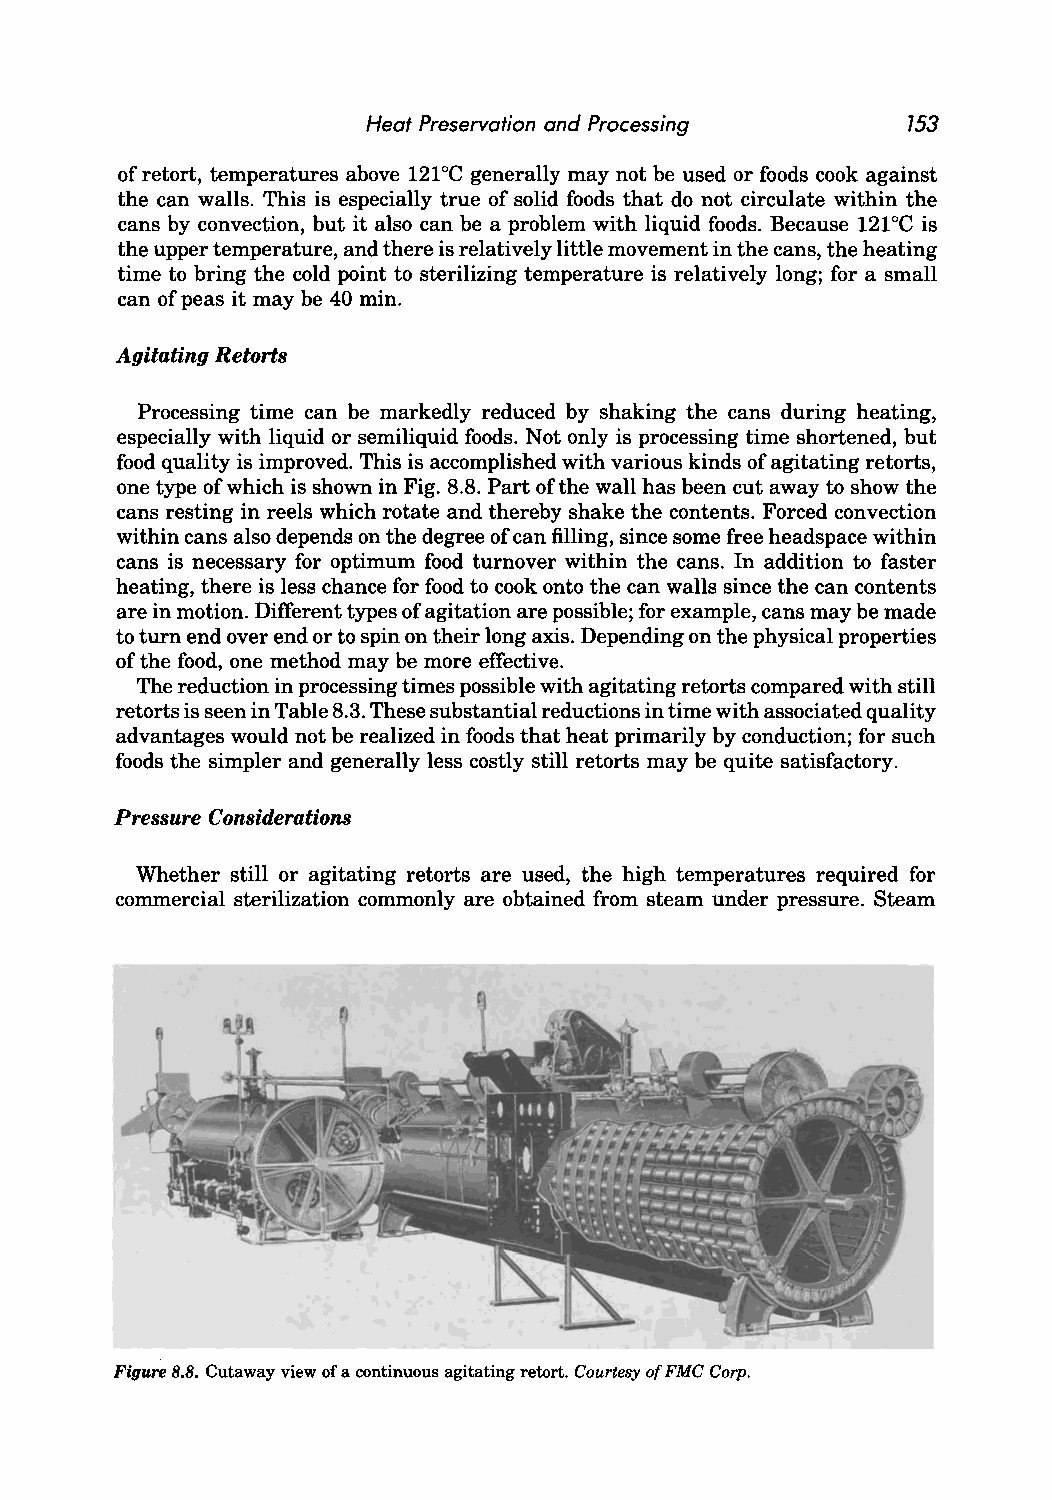
Heat Preservation and Processing    153
 of retort, temperatures above 121°C generally may not be used or foods cook against
 the can walls. This is especially true of solid foods that do not circulate within the
 cans by convection, but it also can be a problem with liquid foods. Because 121°C is
 the upper temperature, and there is relatively little movement in the cans, the heating
 time to bring the cold point to sterilizing temperature is relatively long; for a small
 can of peas it may be 40 min.
 Agitating Retorts
 Processing time can be markedly reduced by shaking the cans during heating,
 especially with liquid or semiliquid foods. Not only is processing time shortened, but
 food quality is improved. This is accomplished with various kinds of agitating retorts,
 one type of which is shown in Fig. 8.8. Part of the wall has been cut away to show the
 cans resting in reels which rotate and thereby shake the contents. Forced convection
 within cans also depends on the degree of can filling, since some free headspace within
 cans is necessary for optimum food turnover within the cans. In addition to faster
 heating, there is less chance for food to cook onto the can walls since the can contents
 are in motion. Different types of agitation are possible; for example, cans may be made
 to turn end over end or to spin on their long axis. Depending on the physical properties
 of the food, one method may be more effective.
 The reduction in processing times possible with agitating retorts compared with still
 retorts is seen in Table 8.3. These substantial reductions in time with associated quality
 advantages would not be realized in foods that heat primarily by conduction; for such
 foods the simpler and generally less costly still retorts may be quite satisfactory.
 Pressure Considerations
 Whether still or agitating retorts are used, the high temperatures required for
 commercial sterilization commonly are obtained from steam under pressure. Steam
 Figure S.S. Cutaway view of a continuous agitating retort. Courtesy of FMC Corp.